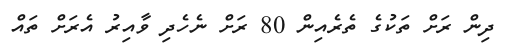
ދިން ރަށް ތަކުގެ ތެރެއިން 80 ރަށް ނެހެދި ވާއިރު އެރަށް ތައް